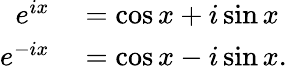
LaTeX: \begin{array}{rl}{e^{ix}}&{{}=\cos x+i\sin x}\\ {e^{-ix}}&{{}=\cos x-i\sin x.}\end{array}